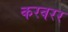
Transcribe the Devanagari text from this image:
करवरर